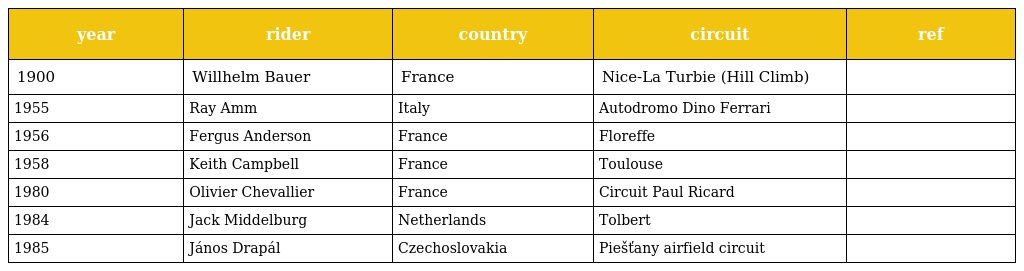
| year | rider | country | circuit | ref |
 | --- | --- | --- | --- | --- |
 | 1900 | Willhelm Bauer | France | Nice-La Turbie (Hill Climb) |  |
 | 1955 | Ray Amm | Italy | Autodromo Dino Ferrari |  |
 | 1956 | Fergus Anderson | France | Floreffe |  |
 | 1958 | Keith Campbell | France | Toulouse |  |
 | 1980 | Olivier Chevallier | France | Circuit Paul Ricard |  |
 | 1984 | Jack Middelburg | Netherlands | Tolbert |  |
 | 1985 | János Drapál | Czechoslovakia | Piešťany airfield circuit |  |